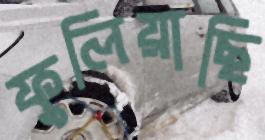
ফুলিয়াছি